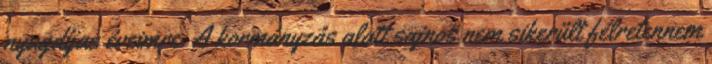
nyugdíjas éveimre. A kormányzás alatt sajnos nem sikerült félretennem